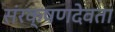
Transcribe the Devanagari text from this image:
संरक्षणदेवता